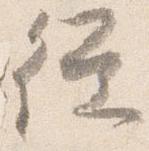
任